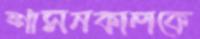
শাসনকালকে